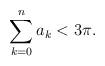
LaTeX: \begin{align*}\sum_{k=0}^{n}a_k < 3\pi.\end{align*}